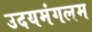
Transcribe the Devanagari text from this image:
उदयमंगलम